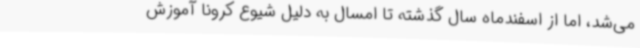
می‌شد، اما از اسفندماه سال گذشته تا امسال به دلیل شیوع کرونا آموزش